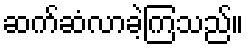
ဆက်ဆံလာခဲ့ကြသည်။